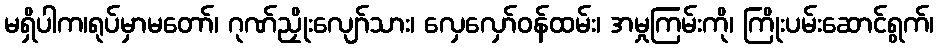
မရှိပါက၊ရုပ်မှာမတော်၊ ဂုဏ်ညှိုးလျော်သား၊ လှေလှော်ဝန်ထမ်း၊ အမှုကြမ်းကို၊ ကြိုးပမ်းဆောင်ရွက်၊